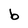
Character: b